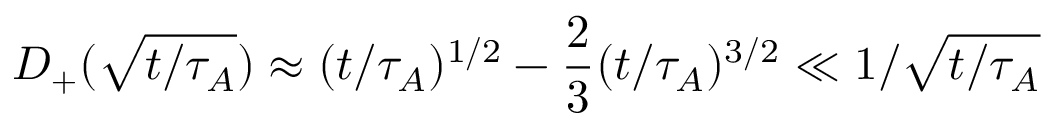
D _ { + } ( \sqrt { t / \tau _ { A } } ) \approx ( t / \tau _ { A } ) ^ { 1 / 2 } - \frac { 2 } { 3 } ( t / \tau _ { A } ) ^ { 3 / 2 } \ll 1 / \sqrt { t / \tau _ { A } }